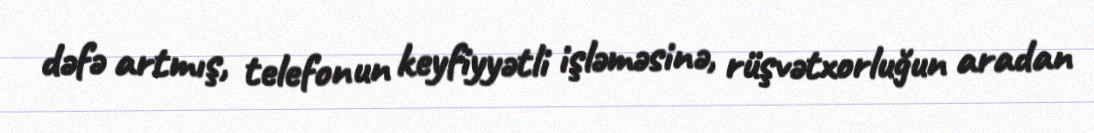
dəfə artmış, telefonun keyfiyyətli işləməsinə, rüşvətxorluğun aradan